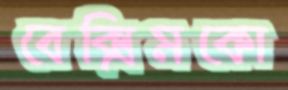
বেক্সিমকো